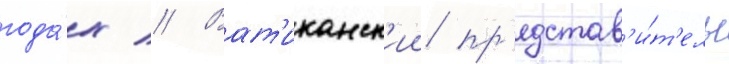
года́х // Ват'иканск'ии пр'едстав'и́т'ель